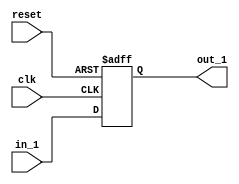

module dflop_n_reset (  clk,
                        reset,
                        in_1,
                        out_1
                     );
    input           clk;
    input           reset;
    input           in_1;
    output          out_1;

    reg             out_1;

    // --------- Design implementation ----
    
    always @( posedge clk or posedge reset)
        begin
            if ( reset )
                out_1 <= 1'b0;
            else 
                out_1 <= in_1;
        end

endmodule